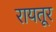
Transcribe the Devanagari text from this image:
रायतूर